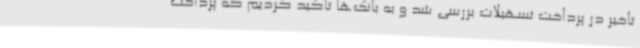
تاخیر در پرداخت تسهیلات بررسی شد و به بانک‌ها تاکید کردیم که پرداخت